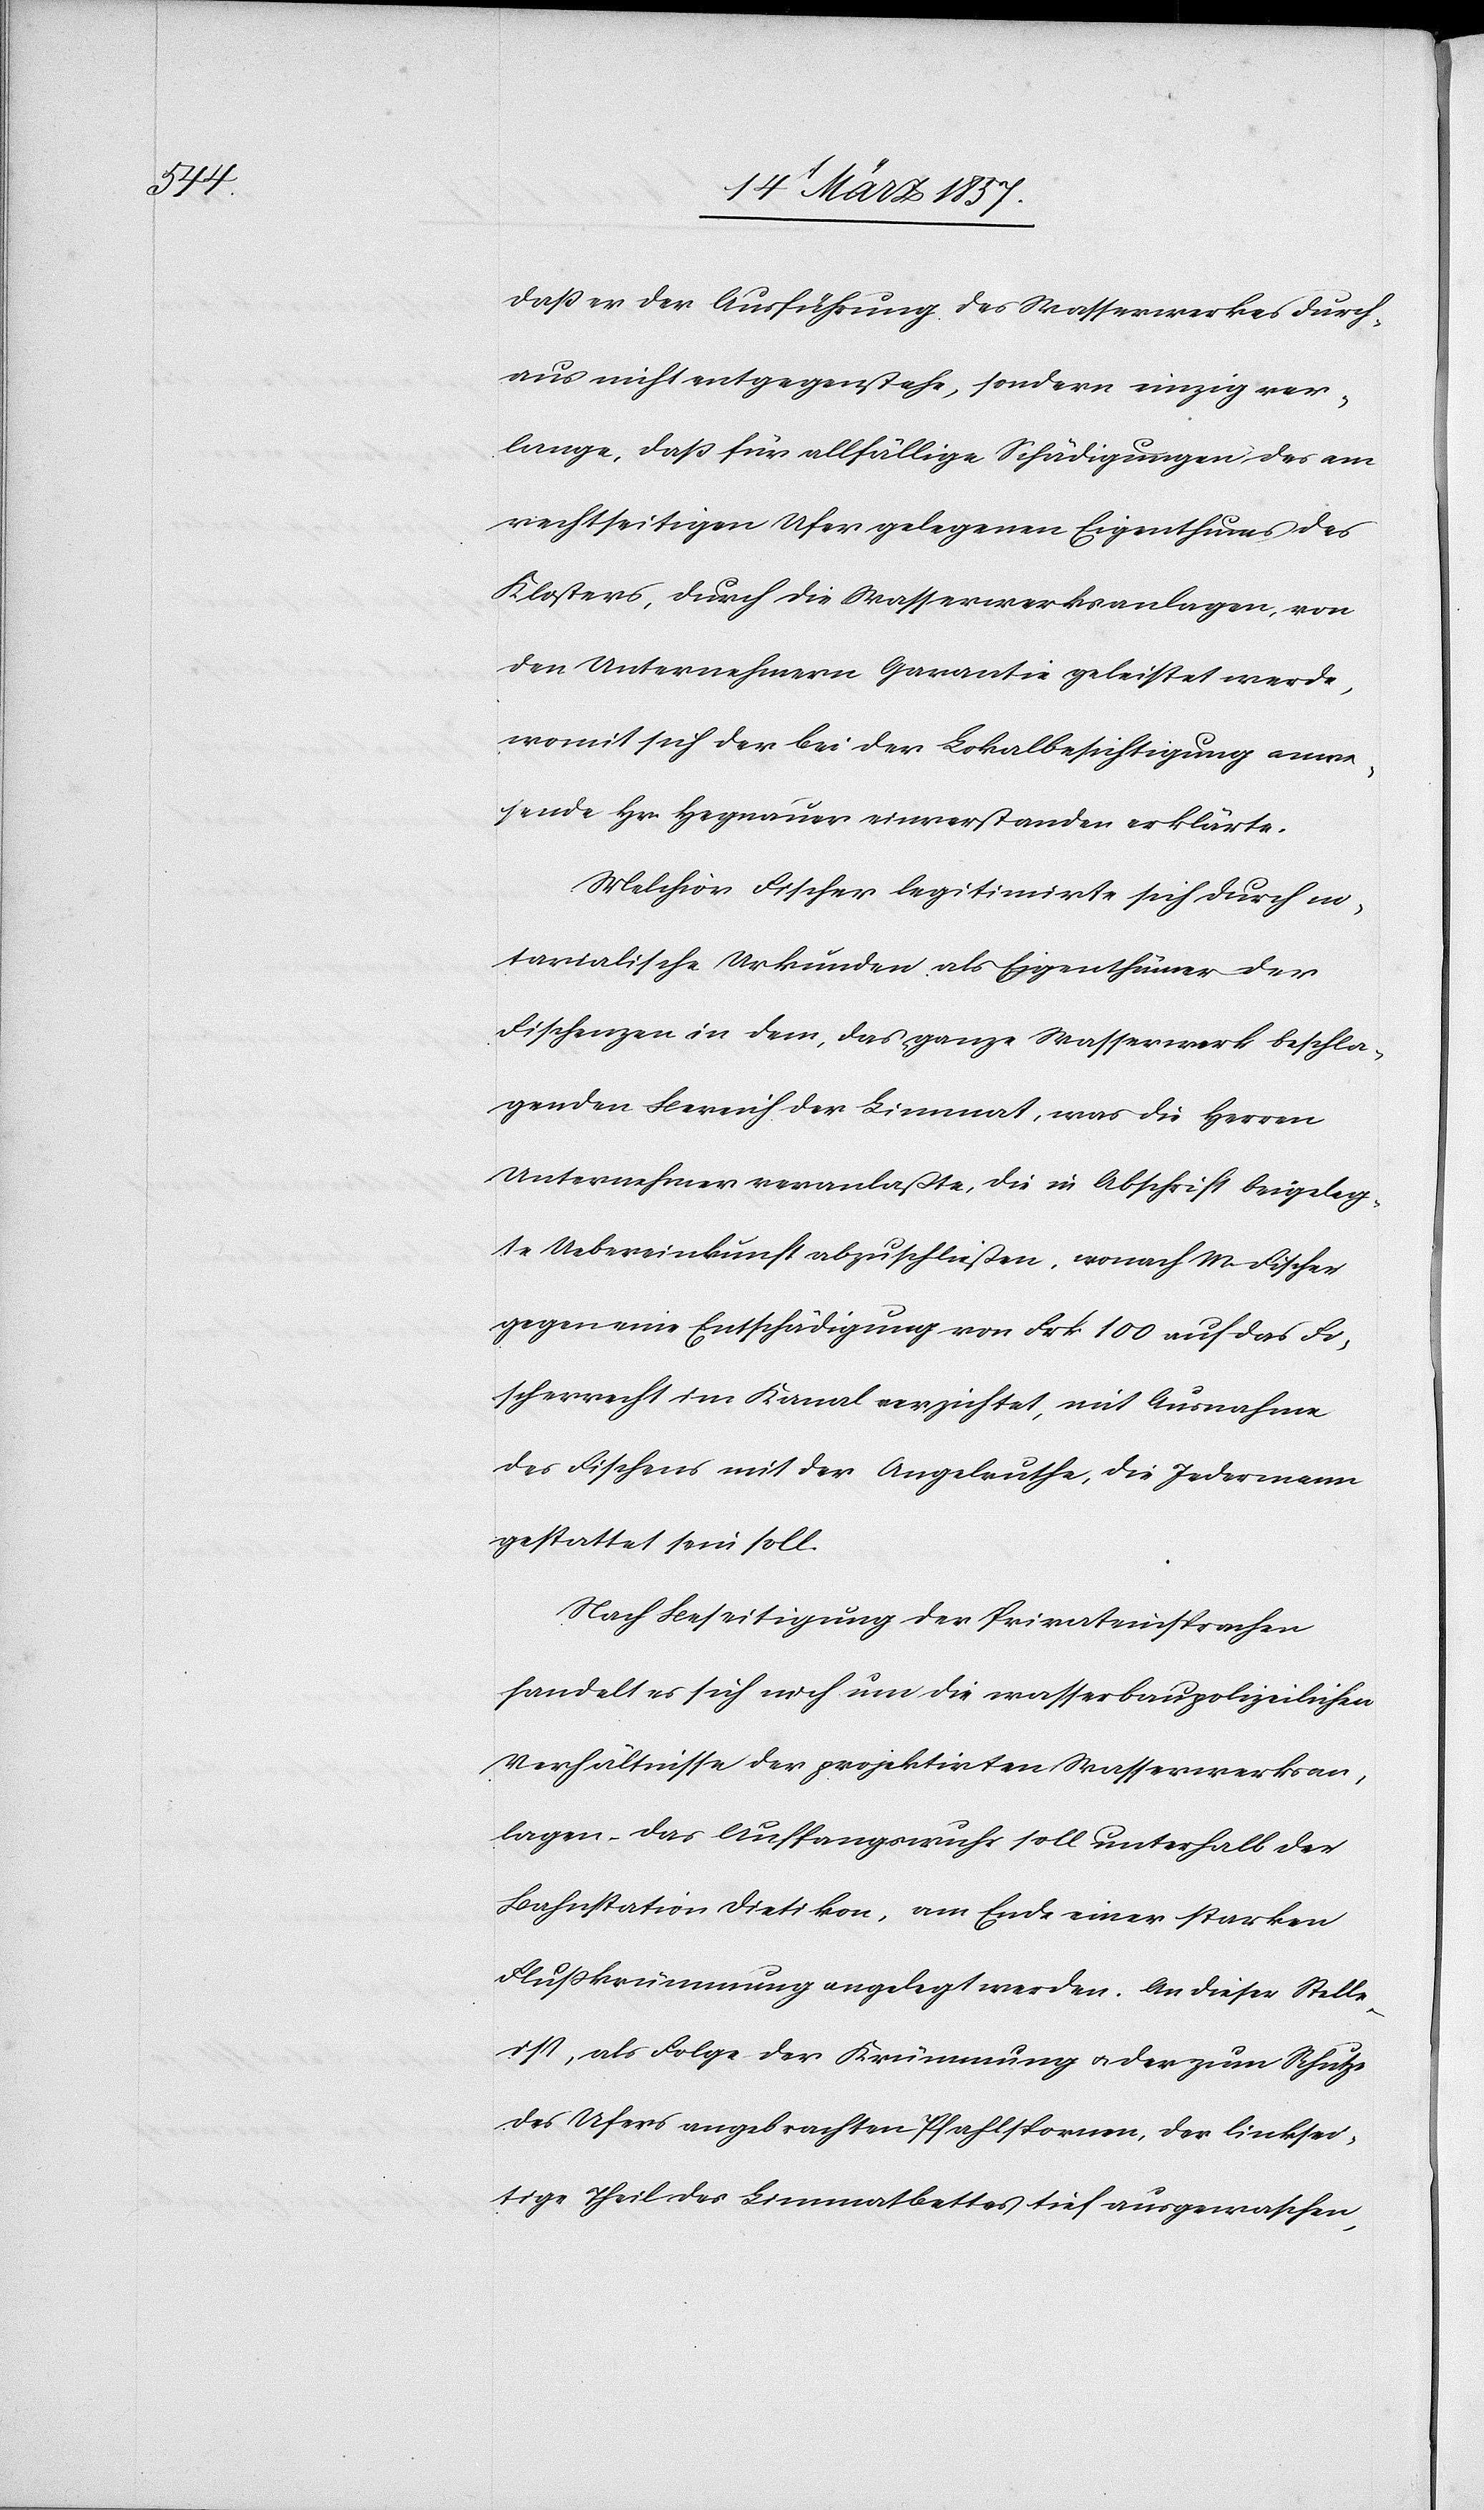
daß er der Ausführung des Wasserwerkes durch¬
aus nicht entgegenstehe, sondern einzig ver¬
lange, daß für allfällige Schädigungen des am
rechtseitigen Ufer gelegenen Eigenthums des
Klosters, durch die Wasserwerksanlagen, von
den Unternehmern Garantie geleistet werde,
womit sich der bei der Lokalbesichtigung anwe¬
sende Hr. Hegnauer einverstanden erklärte.
Melchior Fischer legitimirte sich durch no¬
tarialische Urkunden als Eigenthümer der
Fischenzen in dem, das ganze Wasserwerk beschla¬
genden Bereich der Limmat, was die Herren
Unternehmer veranlaßte, die in Abschrift beigeleg¬
te Uebereinkunft abzuschließen, wonach M. Fischer
gegen eine Entschädigung von Frk 100 auf das Fi¬
scherrecht im Kanal verzichtet, mit Ausnahme
des Fischens mit der Angelruthe, die Jedermann
gestattet sein soll.
Nach Beseitigung der Privateinsprachen
handelt es sich noch um die wasserbaupolizeilichen
Verhältnisse der projektirten Wasserwerksan¬
lagen – das Auffangswuhr soll unterhalb der
Bahnstation Dietikon, am Ende einer starken
Flußkrümmung angelegt werden. An dieser Stelle
ist, als Folge der Krümmung u. der zum Schutze
des Ufers angebrachten Pfahlspornen, der linksei¬
tige Theil des Limmatbettes tief ausgewaschen,